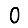
Digit: 0